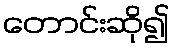
တောင်းဆို၍